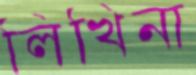
লিখিনা